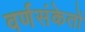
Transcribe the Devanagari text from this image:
वर्णसंकेतों